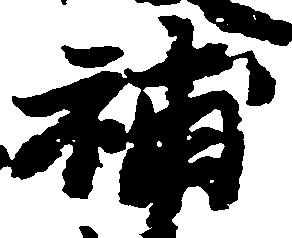
補